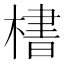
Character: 𪳛